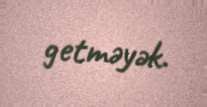
getməyək.